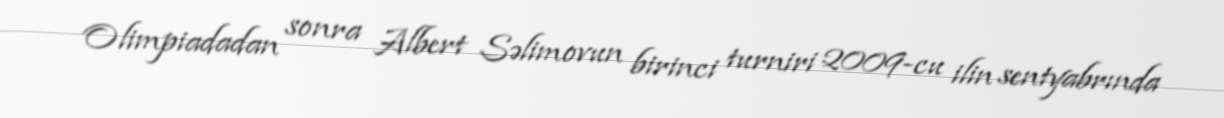
Olimpiadadan sonra Albert Səlimovun birinci turniri 2009-cu ilin sentyabrında